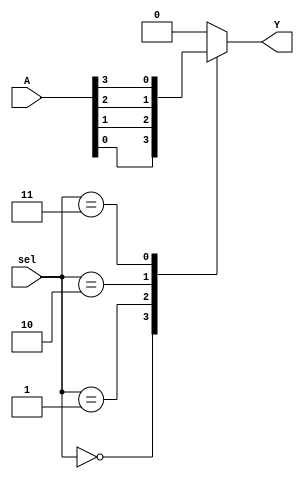
module mux(A,sel,Y);
 input [7:0]A;
 input [2:0]sel;
 output reg Y;
 always @(sel,A)
 begin
	 case(sel)
		 2'b000 : begin
			 Y = A[0];
		 end

		 2'b001 : begin
			 Y = A[1];
		 end

		 2'b010 : begin
			 Y = A[2];
		 end

		 2'b011 : begin
			 Y = A[3];
		 end

		 2'b100 : begin
			 Y = A[4];
		 end

		 2'b101 : begin
			 Y = A[5];
		 end

		 2'b110 : begin
			 Y = A[6];
		 end

		 2'b111 : begin
			 Y = A[7];
		 end
		 default : Y =1'b0;
	 endcase
 end
 endmodule